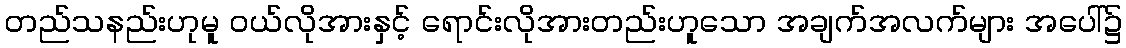
တည်သနည်းဟုမူ ဝယ်လိုအားနှင့် ရောင်းလိုအားတည်းဟူသော အချက်အလက်များ အပေါ်၌